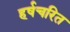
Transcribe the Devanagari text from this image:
हर्षचरित